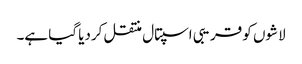
لاشوں کو قریبی اسپتال منتقل کردیا گیا ہے۔